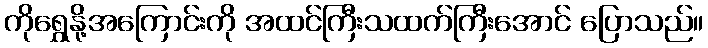
ကိုရွှေနို့အကြောင်းကို အထင်ကြီးသထက်ကြီးအောင် ပြောသည်။